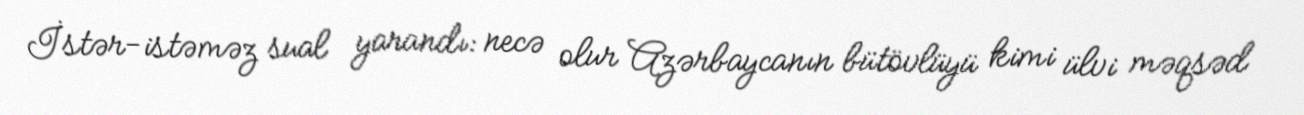
İstər-istəməz sual yarandı: necə olur Azərbaycanın bütövlüyü kimi ülvi məqsəd